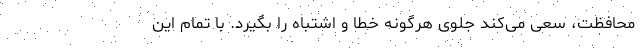
محافظت، سعی می‌کند جلوی هرگونه خطا و اشتباه را بگیرد. با تمام این